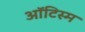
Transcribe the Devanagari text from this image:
ऑटिस्म